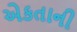
એકતાની